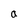
Character: a